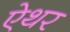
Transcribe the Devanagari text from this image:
ऐथर